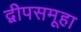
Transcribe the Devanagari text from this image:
द्वीपसमूहा